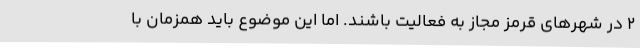
۲ در شهرهای قرمز مجاز به فعالیت باشند. اما این موضوع باید همزمان با